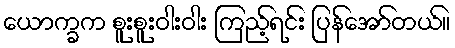
ယောက္ခက စူးစူးဝါးဝါး ကြည့်ရင်း ပြန်အော်တယ်။